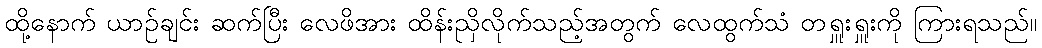
ထို့နောက် ယာဉ်ချင်း ဆက်ပြီး လေဖိအား ထိန်းညှိလိုက်သည့်အတွက် လေထွက်သံ တရှူးရှူးကို ကြားရသည်။